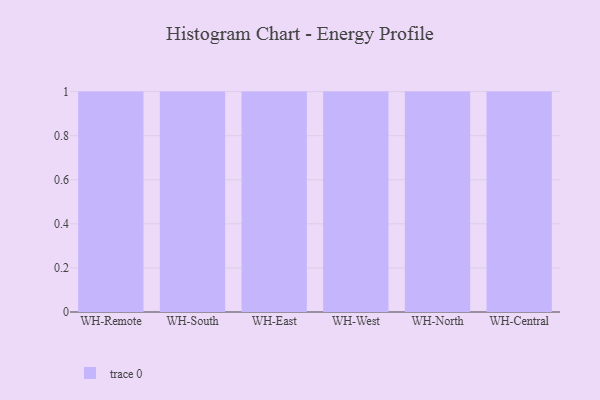
{"axis": {"x": "Warehouse", "y": "Humidity (%)"}, "legend": [""], "data": [{"x": "WH-Remote", "y": 30, "type": ""}, {"x": "WH-South", "y": 83, "type": ""}, {"x": "WH-East", "y": 80, "type": ""}, {"x": "WH-West", "y": 50, "type": ""}, {"x": "WH-North", "y": 52, "type": ""}, {"x": "WH-Central", "y": 56, "type": ""}]}